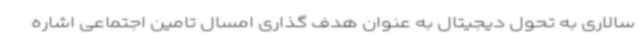
سالاری به تحول دیجیتال به عنوان هدف گذاری امسال تامین اجتماعی اشاره